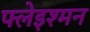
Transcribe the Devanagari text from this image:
फ्लेइश्मन